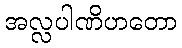
အလ္လပါဏိဟတော